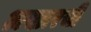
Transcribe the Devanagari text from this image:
अख्तरची